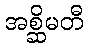
အစ္ဆိမတီ